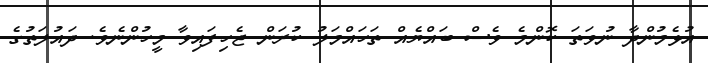
އުޅެމުންދާ ނުވަތަ ކޮންމެ ވެސް ބައްޔެއް ތަހައްމަލު ކުރަން ޖެހިފައިވާ މީހުންނެވެ. ދައުލަތުގެ